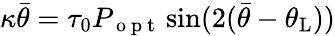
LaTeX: \kappa\bar{\theta}=\tau_{0}P_{\mathrm{~o~p~t~}}\sin(2(\bar{\theta}-\theta_{\mathrm{{L}}}))